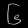
Digit: ၆